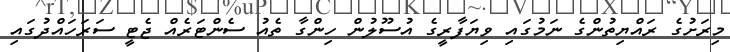
މިރަށުގެ ރައްޔިތުންގެ ނަމުގައި ވިޔަފާރީގެ އުސޫލުން ހިންގާ ތެއު ސެންޓަރެއް ޖެޓީ ސަރަހައްދުގައި